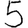
Digit: 5